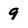
Character: 9